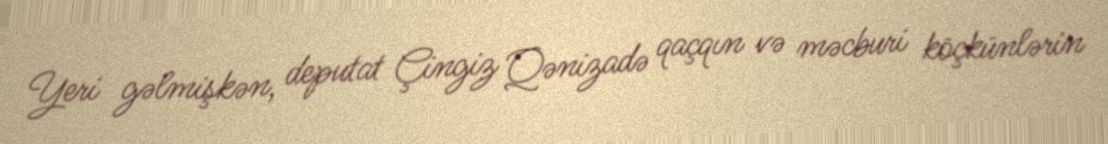
Yeri gəlmişkən, deputat Çingiz Qənizadə qaçqın və məcburi köçkünlərin